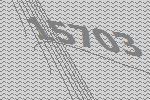
15703